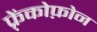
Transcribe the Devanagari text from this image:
फ़्रेंकोफ़ोन